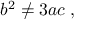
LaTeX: \; b ^ { 2 } \neq 3 a c \; ,